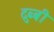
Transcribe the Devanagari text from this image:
दुब्बी